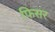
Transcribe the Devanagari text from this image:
फिसर